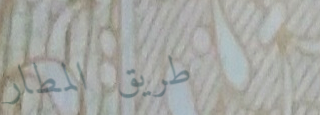
طريق المطار